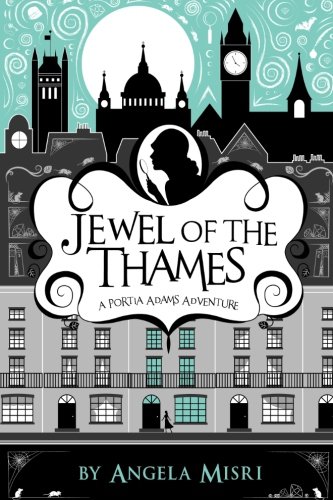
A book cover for Jewel of the Thames (A Portia Adams Adventure) (Volume 1); Angela Misri; Teen & Young Adult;